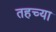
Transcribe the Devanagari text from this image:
तहच्या